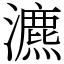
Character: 瀌